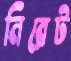
নিরেট